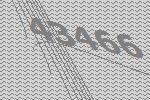
43466